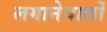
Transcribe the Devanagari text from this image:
लगानेवालों